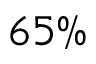
6 5 \%